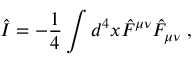
\hat { I } = - \frac { 1 } { 4 } \int d ^ { 4 } x \hat { F } ^ { \mu \nu } \hat { F } _ { \mu \nu } \; ,